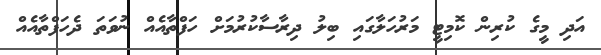
އަދި މީގެ ކުރިން ކޮމިޓީ މަރުހަލާގައި ބިލު ދިރާސާކުރުމަށް ހަފްތާއެއް ނުވަތަ ދެހަފްތާއެއް